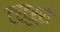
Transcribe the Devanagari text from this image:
टर्टुर्रो